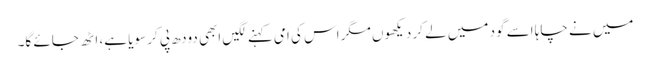
میں نے چاہا اسے گود میں لے کر دیکھوں مگر اس کی امی کہنے لگیں ابھی دودھ پی کر سویا ہے، اٹھ جائے گا۔